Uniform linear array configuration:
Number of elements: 8
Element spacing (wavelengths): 0.25
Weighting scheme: kaiser
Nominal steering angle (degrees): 60
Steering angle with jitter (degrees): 58.158
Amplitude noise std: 0.05
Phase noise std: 0.05

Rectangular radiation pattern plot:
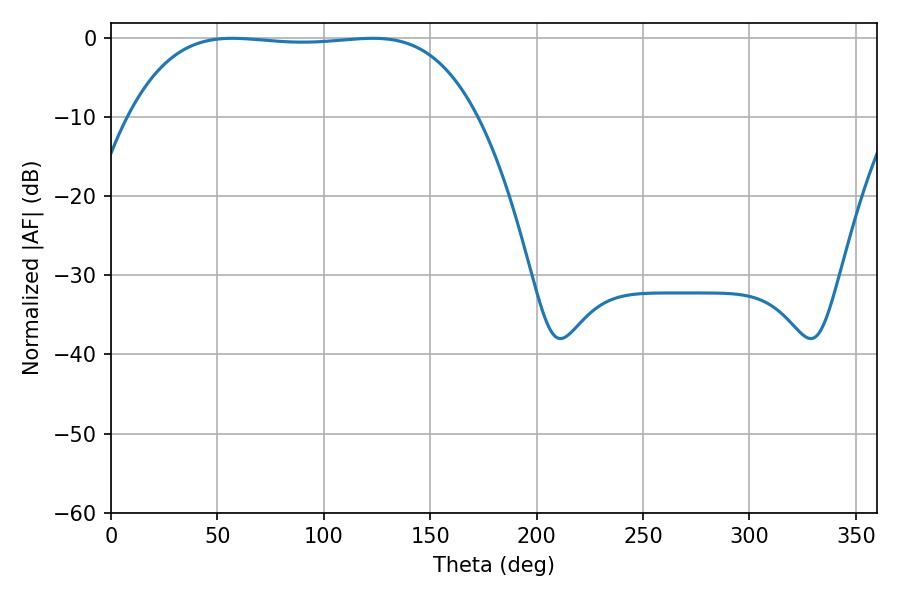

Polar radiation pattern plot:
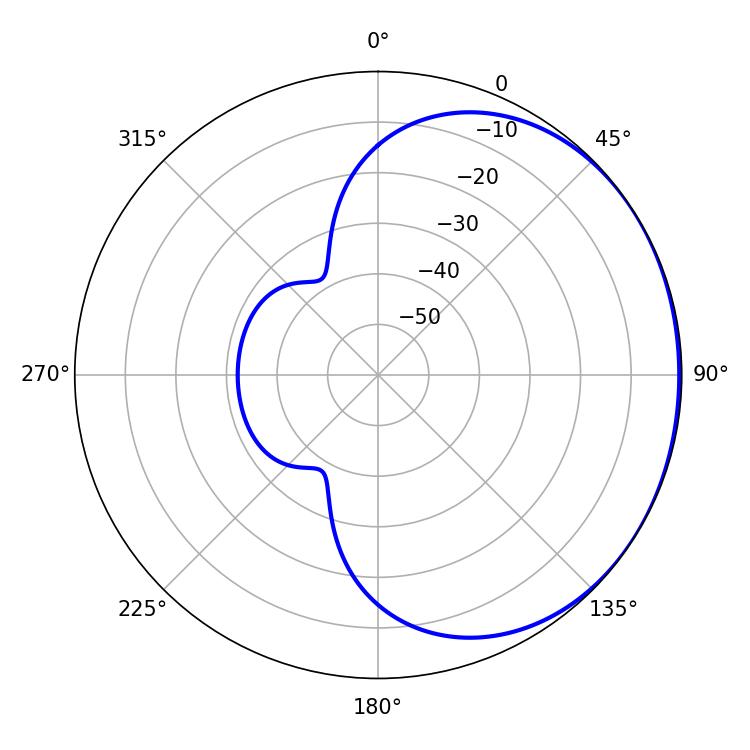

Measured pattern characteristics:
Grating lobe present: FALSE
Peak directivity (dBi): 0.7326
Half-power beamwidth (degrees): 127.44
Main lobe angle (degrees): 57.06